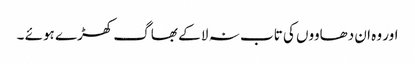
اور وہ ان دھاووں کی تاب نہ لا کے بھاگ کھڑے ہوئے ۔